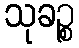
သုခဉ္စ